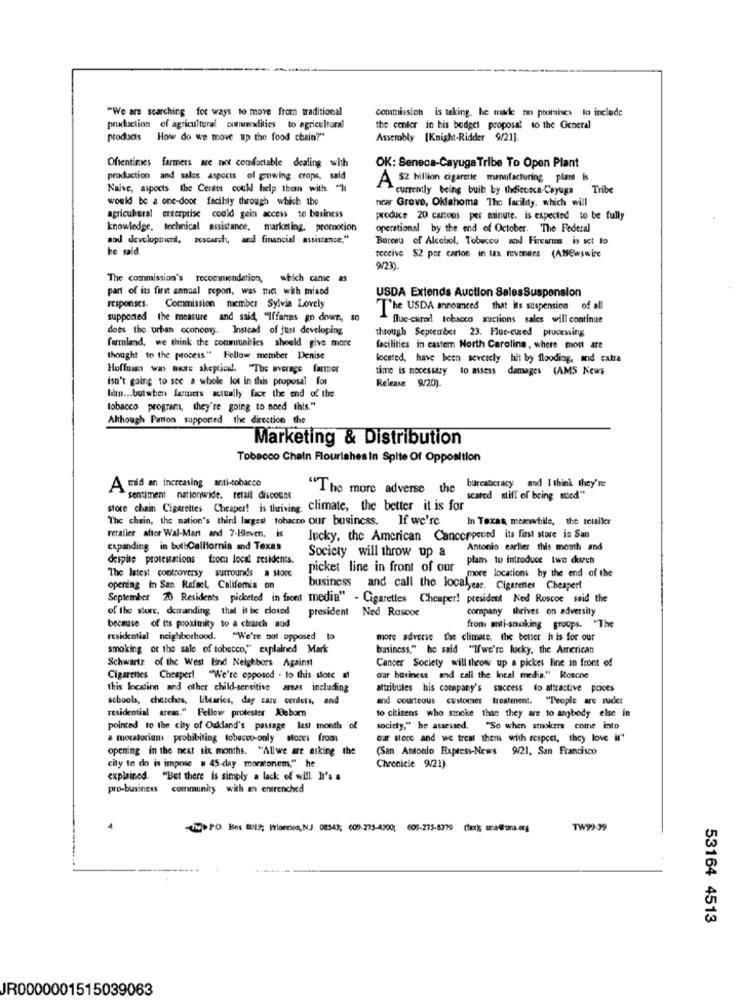
"We are searching for ways to move from traditional
Commission is taking, he made to ptorsises to include
pruduction of agricultural cotrendities to agricultural
the center in his bedgel proposal to the General
produds
How do we move up the food chain?"
Assembly |Knight-Ridder 9/21].
Oftentimes farmers are not comfortable dealing with
OK: Seneca-Cayuga Tribe To Open Plant
production and salos aspects of growing crops, said
A $2 billion cigarette manufacturing plant is
Naive, aspects the Cerdet could help them with. "]
"currently being built by theSeneca-Cayuga Tribe
would be a one-door facility through which the
ncar Grove, Oklahoma The facility, which will
agricultural enterprise could gain access to business
produce 20 cartons per minute. is expected to be fully
knowledge, technical assistance, marketing, promotion
operational by the end of October. "The Federal
and development, rescarch, and financial assistance."
Boreeu of Alcohol, Tobacco add Firearms is set to
he said
receive $2 por carton in tax revenues (ANEwswire
9/23).
The commission's recommendation, which cane as
part of its first annual report, was met with mixed
USDA Extends Auction SalesSuspension
responses. Commission member Sylvia Lovely
The USDA announced that its suspension of all
supported the measure and said, "Iffanns go down ., $0
flue-cured tobacco auctions sales will continue
does the urban cconomy. Instead of just developing
through September 23. Fluc-cured processing
farmland, we think the communities should give more
facilities in castem North Carolina, where most are
thought to the process." Fellow member Denise
located, have been severely hit by flooding, md catra
Hoffown was more skepticad. The average farmer
time is necessary to assess
damages (AMS News
isn't going to sec a whole lot in this proposal for
Release 9/20).
Idto ... but when lasters actually face the end of the
tobacco program, they're going to need this."
Although Patton supported the direction the
Marketing & Distribution
Tobacco Chein Flourishes in Spite Of Opposition
A mid an increasing anti-tobacco
"The more adverse the
bureaucracy and I think they're
sentiment nationwide, retail discount
scared stift of being sued."
store chain Cigarettes Cheaper! is thriving.
climate, the better it is for
The chain, the nation's third largest tobacco our business.
If we're
In Texas meanwhile, the retailer
retailer after Wal-Mart and 7-Eleven, is
lucky, the American Cancerpened its first store in San
expanding in bollCalifornia and Texas
Society will throw up a
Antonio earlier this month and
despite protestations from local residents.
plans to introduce two dozen
The latest controversy surrounds a store
picket line in front of our
more locations by the end of the
opening in San Rafael, Califomia on
business and call the localyear. Cigarenes Cheaperf
September 20 Residents picketed in front media" - Cigarettes Cheaper! president Ned Roscoe said the
of the store, demanding that it be closed
president Ned Roscoe
company Ihrives on adversity
because of its proximity to a church aod
from mli-smoking groups. "The
residential neighborhood. "We're not opposed to
more adverse the climate, the better in is for our
smoking of the sale of tobacco," explained Mark
business," he said "Ifwe're lucky, the American
Schwartz of the West End Neighbors Against
Cancer Society will throw up a picket line in front of
Cigarettes Cheaper! "We're opposed . to this slote at
our business and call the local media." Rosone
this location and other child-sensitive areas including
attribules his company's success to attractive prices
schools, churches, Litearics, day care conilers, and
and courteous customer treatment. "People are ruder
residential areas." Fellow protester Jeborn
to citizens who smoke than they are to anybody else in
pointed to the city of Oakland's passage last month of
society," he assessed. "So when smokers come into
a moratorium prohibiting tobacco-only soces from
our store and we treat them with respect, they love if"
opening in the next six months. "Allwe are asking the
(San Antonio Express-News 9/21, San Francisco
city to do is impose . 45-day moratoriem," he
Chronicle 9/21).
explained. "Bet there is simply a lack of will. I's s
pro-business community with an entrenched
-> PO. Box BUIS; Frioerien, N.J. 08543; 609-275-4700; 605-275-8379 (fax); me@sma.org
TW99-39
53164 4513
JR0000001515039063